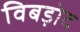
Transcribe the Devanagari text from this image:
विबड़ोद